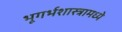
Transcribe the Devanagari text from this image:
भूगर्भशास्त्रामध्ये